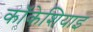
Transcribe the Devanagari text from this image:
कॉकेशियाइ